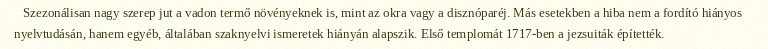
Szezonálisan nagy szerep jut a vadon termő növényeknek is, mint az okra vagy a disznóparéj. Más esetekben a hiba nem a fordító hiányos nyelvtudásán, hanem egyéb, általában szaknyelvi ismeretek hiányán alapszik. Első templomát 1717-ben a jezsuiták építették.